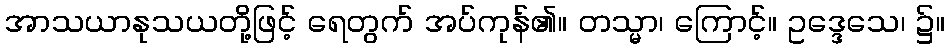
အာသယာနုသယတို့ဖြင့် ရေတွက် အပ်ကုန်၏။ တသ္မာ၊ ကြောင့်။ ဥဒ္ဒေသေ၊ ၌။